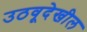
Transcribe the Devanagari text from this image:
उठवूदेखील